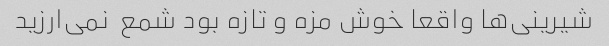
شیرینی‌ها واقعا خوش مزه و تازه بود شمع  نمی‌ارزید